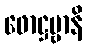
ဖောဋ္ဌဗ္ဗာနိ